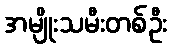
အမျိုးသမီးတစ်ဦး